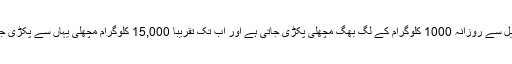
گورانو جھیل سے روزانہ 1000 کلوگرام کے لگ بھگ مچھلی پکڑی جاتی ہے اور اب تک تقریباً 15,000 کلوگرام مچھلی یہاں سے پکڑی جاچکی ہے۔